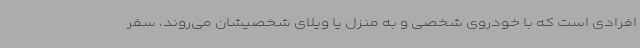
افرادی است که با خودروی شخصی و به منزل یا ویلای شخصیشان می‌روند، سفر